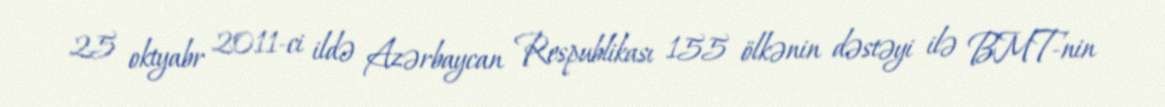
25 oktyabr 2011-ci ildə Azərbaycan Respublikası 155 ölkənin dəstəyi ilə BMT-nin